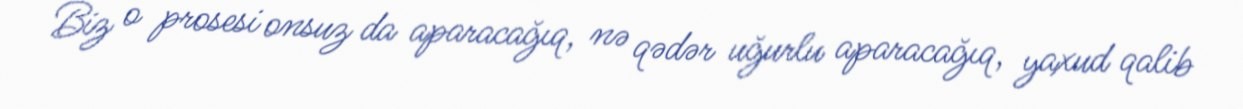
Biz o prosesi onsuz da aparacağıq, nə qədər uğurlu aparacağıq, yaxud qalib